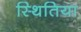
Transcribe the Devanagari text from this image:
स्थितिया